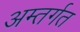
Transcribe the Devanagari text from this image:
अम्तर्गत